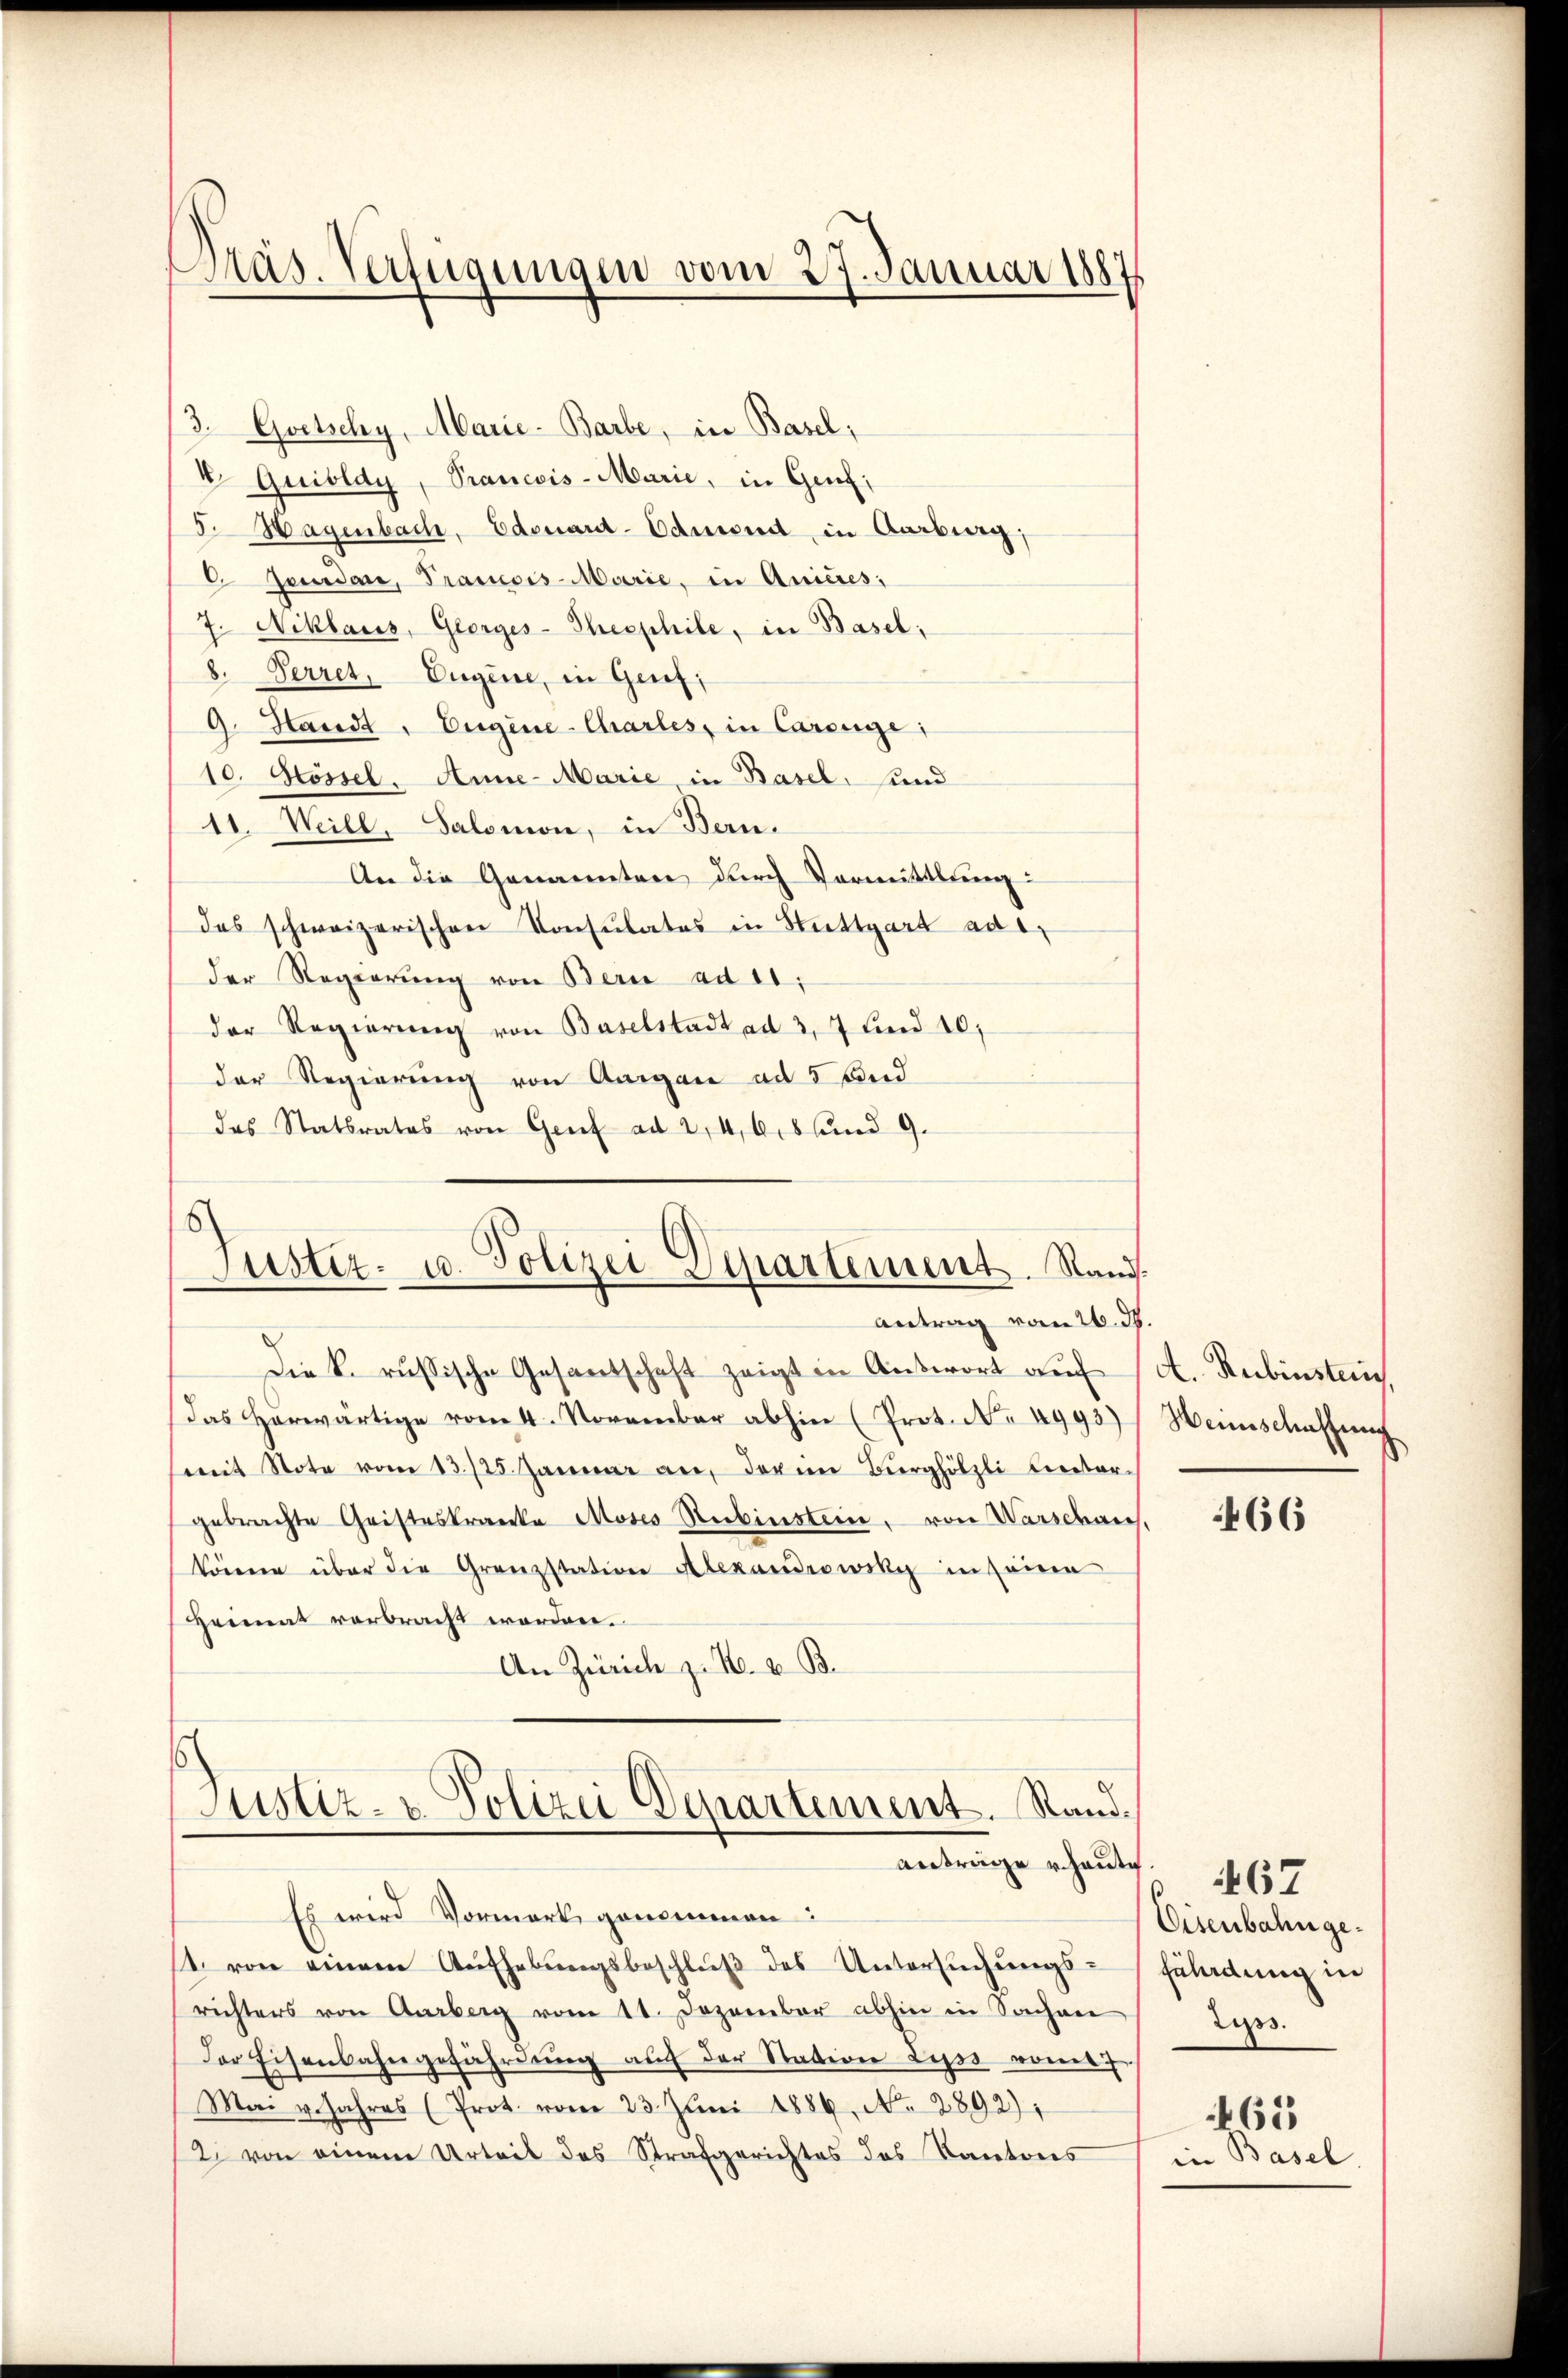
Präs. Verfügungen vom 27. Januar 1887

3. Goetschy, Marie-Barbe, in Basel;
4. Quibldy, Prancois-Marie, in Genf;
5. Hagenbach, Edenard-Admond, in Aarberg,
6 Jourdan, Trancois-Marie, in Quicres;
7. Niklaus, Georges-Theophile, in Basel:
8. Perret, Eugene, in Genf;
9. Hande, Eugene-Chartes, in Careige:
10. Stössel, Anne-Marie, in Basel, sind
11. Weill, Salomon, in Bern.
An die Genannten durch Vormittlung:
das schweizerischen Konsulates in Stuttgart aber
der Regierŭng von Beri ad 11.
der Regierŭng von Baselstadt ad 3, 7 und 10;
der Regierung von Aargau ad 5 und
das Statsrates von Genf ad 2, 468 und 9.

Justiz- u. Polizei Departement. Rand.
Antrag vom 26. d.

Die k. russische Gesantschaft zeigt in Antwort aŭf A. Rubinstein,
das herwärtige vom 4. November abhin (Prot. No. 4993)
weit Note vom 13./25. Januar an, darin Burghölzli cretar
gebrachte Gristeskranke Moses Rubinstein, von Warschaus
könne über die Granzstation Alexandrowsky in seine
Heimat verbracht worden.
An Zürich z. B. u. B.
Justiz- & Polizei Departement. Stand
anträge haut
Es wird Vormerk genommen:
4. von einem Aufhebungsbeschlŭβ des Untersuchungs-
richters von Aarberg vom 11. Dezember abhin in Sacher
Der Eisenbahngeführŭng auf der Station Lyss vom
Mai v. Jahres (Prot. vom 23. Juni 1886, N. 2892),
2. von einem Urteil des Strafgerichtes des Kantons

Weinschaffung

466

s
467
Eisenbahn gefährdung in
Lips.
461
in Basel